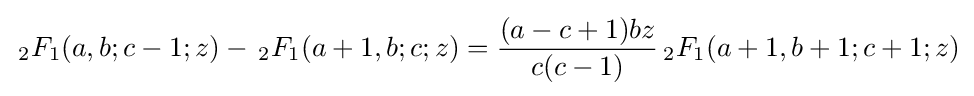
\,_{2}F_{1}(a,b;c-1;z)-\,_{2}F_{1}(a+1,b;c;z)={\frac {(a-c+1)bz}{c(c-1)}}\,_{2}F_{1}(a+1,b+1;c+1;z)